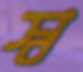
স্ব